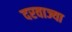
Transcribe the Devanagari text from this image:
दरवाज्या